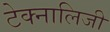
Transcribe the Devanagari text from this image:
टेक्नालिजी